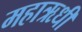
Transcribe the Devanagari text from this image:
महाऋधी